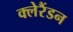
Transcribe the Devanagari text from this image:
क्लेरैंडन